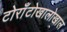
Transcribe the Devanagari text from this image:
टोराँटोखालोखाल